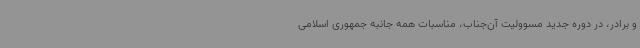
و برادر، در دوره جدید مسوولیت آن‌جناب، مناسبات همه جانبه جمهوری اسلامی